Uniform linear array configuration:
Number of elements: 24
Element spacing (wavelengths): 0.75
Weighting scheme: binomial
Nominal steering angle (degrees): -15
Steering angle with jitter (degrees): -15.906
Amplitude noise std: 0.05
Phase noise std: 0.05

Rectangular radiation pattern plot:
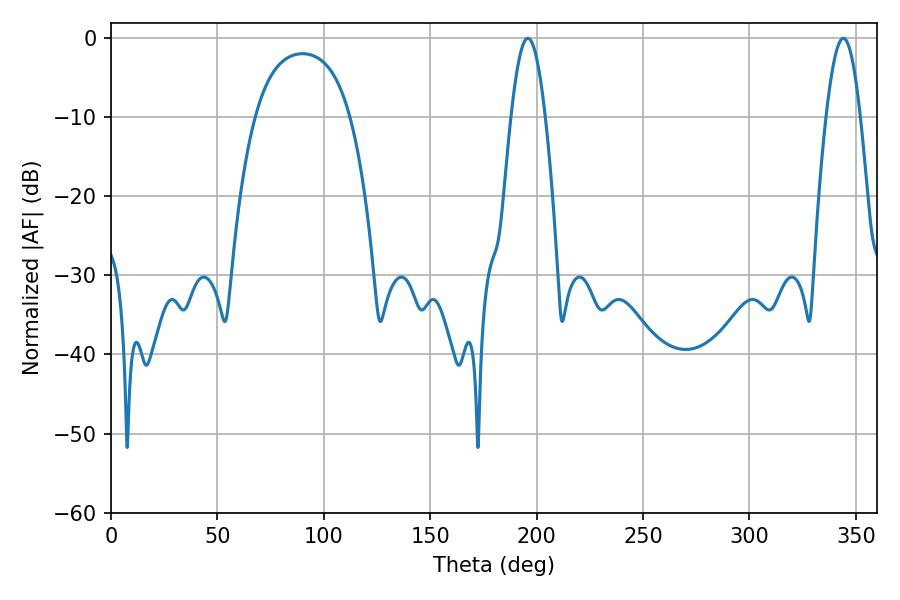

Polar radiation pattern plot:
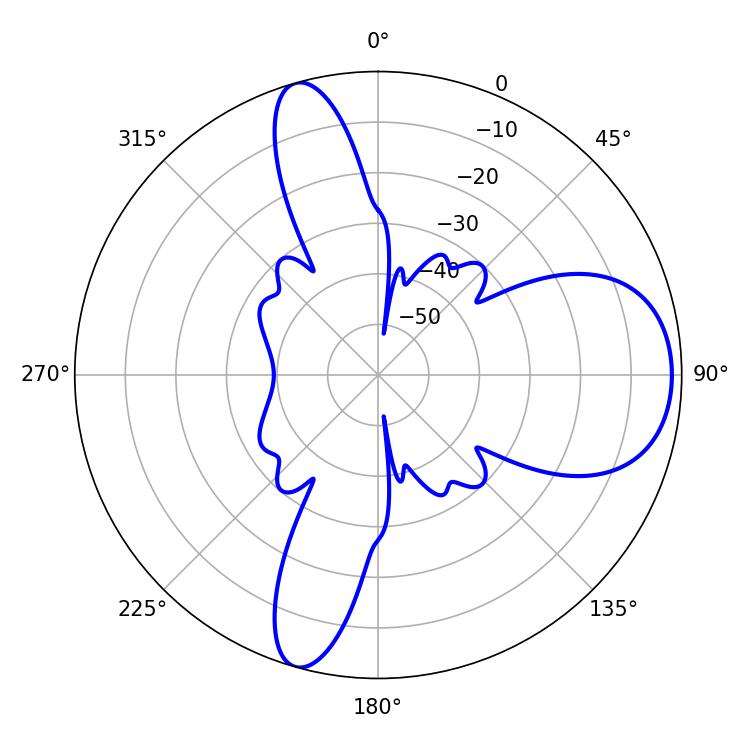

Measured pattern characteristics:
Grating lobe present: TRUE
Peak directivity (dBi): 9.117
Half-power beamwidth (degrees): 8.82
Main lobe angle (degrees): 195.84